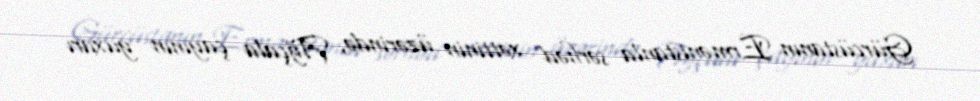
Gürcüstanın Ermənistanla sərhəd xəttinin üzərində, Ağçala çayının yuxarı